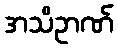
အသိဥာဏ်